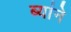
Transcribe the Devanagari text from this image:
ब्यांने